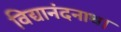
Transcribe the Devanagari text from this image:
विद्यानंदनाथ।